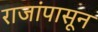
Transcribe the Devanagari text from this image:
राजांपासून